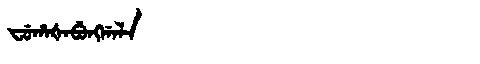
Manchu: ᠸᡠᡥᠠᡧᠠᠪᡠᠩᡤᠠᠯᠠ
Romanization: FUHAŠABUNGGALA